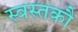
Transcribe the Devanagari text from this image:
स्वस्तकौ